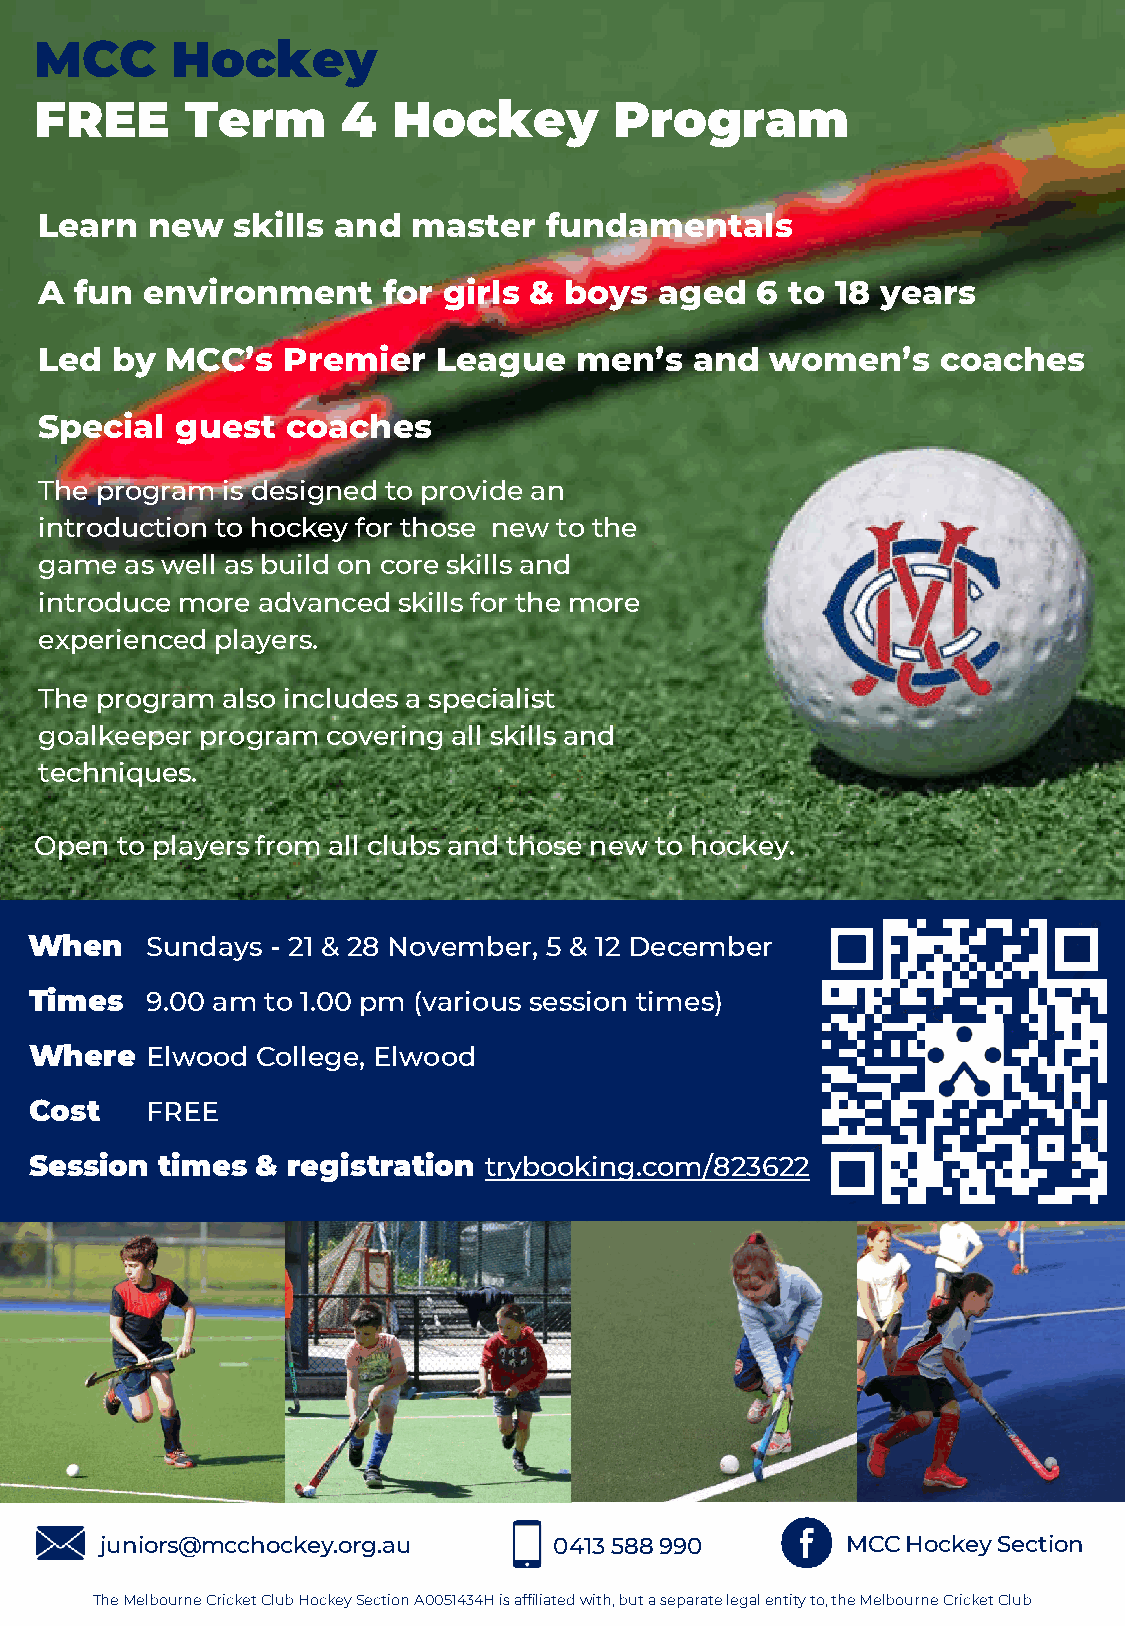
MCC      Hockey
 FREE      Term       4  Hockey         Program
 Learn  new  skills and  master   fundamentals
 A fun  environment    for girls & boys   aged  6 to 18 years
 Led by  MCC’s   Premier   League   men’s   and  women’s    coaches
 Special  guest  coaches
 The program is designed to provide an
 introduction to hockey for those new to the
 game as well as build on core skills and
 introduce more advanced skills for the more
 experienced players.
 The program also includes a specialist
 goalkeeper program covering all skills and
 techniques.
 Open  to players from all clubs and those new to hockey.
 When    Sundays - 21 & 28 November, 5 & 12 December
 Times   9.00 am to 1.00 pm (various session times)
 Where   Elwood College, Elwood
 Cost    FREE
 Session times  & registration trybooking.com/823622
 juniors@mcchockey.org.au      0413 588 990       MCC Hockey Section
 The Melbourne Cricket Club Hockey Section A0051434H is affiliated with, but a separate legal entity to, the Melbourne Cricket Club